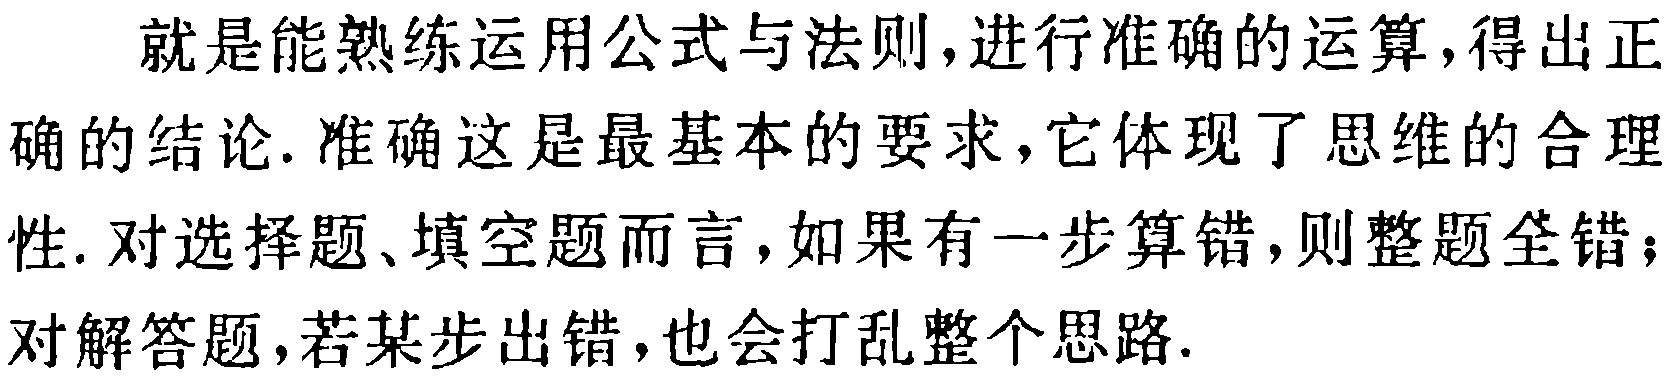
就是能熟练运用公式与法则,进行准确的运算,得出正确的结论. 准确这是最基本的要求,它体现了思维的合理性. 对选择题、填空题而言,如果有一步算错,则整题全错；对解答题,若某步出错,也会打乱整个思路.